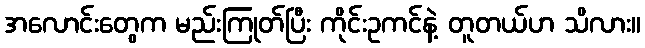
အလောင်းတွေက မည်းကြုတ်ပြီး ကိုင်းဥကင်နဲ့ တူတယ်ဟ သိလား။